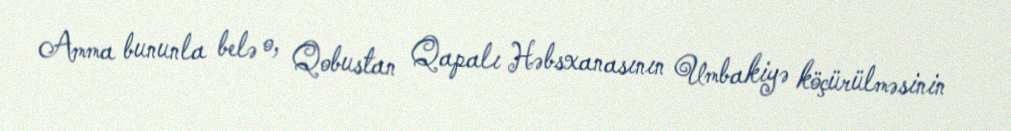
Amma bununla belə o, Qobustan Qapalı Həbsxanasının Umbakiyə köçürülməsinin